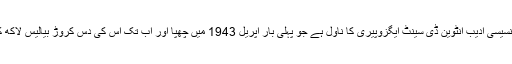
4 – دی لٹل پرنس: یہ فرانسیسی ادیب آنٹوین ڈی سینٹ ایگزوپیری کا ناول ہے جو پہلی بار اپریل 1943 میں چھپا اور اب تک اس کی دس کروڑ بیالیس لاکھ کاپیاں فروخت ہوچکی ہیں۔